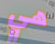
هي